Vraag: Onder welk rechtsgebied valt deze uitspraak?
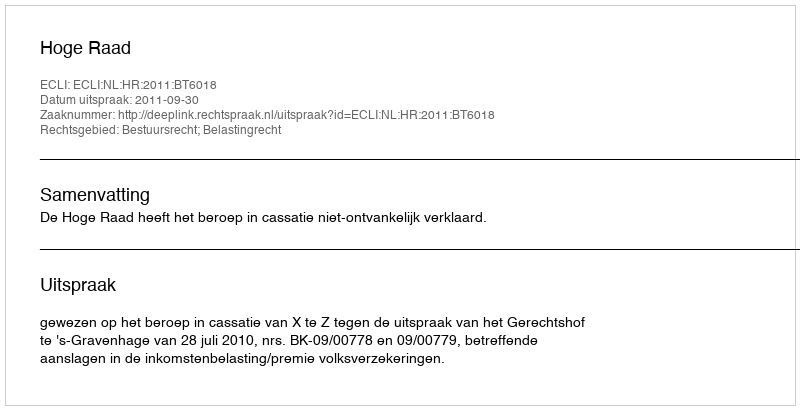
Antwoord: Bestuursrecht; Belastingrecht